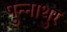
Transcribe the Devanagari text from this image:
पुन्नाथुर